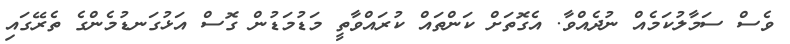
ވެސް ސަމާލުކަމެއް ނުދެއްވާ. އެގޮތަށް ކަންތައް ކުރައްވާތީ މަޑުމަޑުން ގޮސް އަޅުގަނޑުމެންގެ ތެރޭގައި